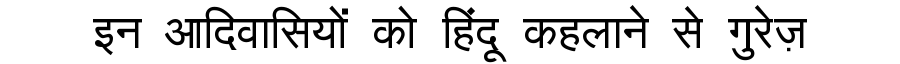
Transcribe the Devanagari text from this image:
इन आदिवासियों को हिंदू कहलाने से गुरेज़